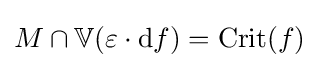
M\cap \mathbb {V} (\varepsilon \cdot \mathrm {d} f)={\text{Crit}}(f)